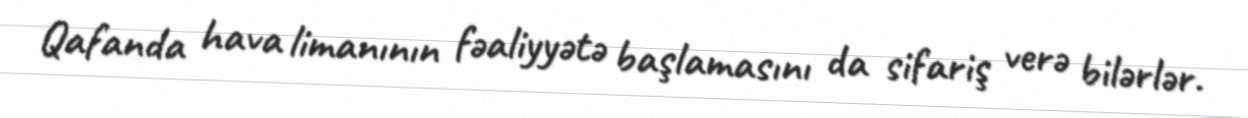
Qafanda hava limanının fəaliyyətə başlamasını da sifariş verə bilərlər.